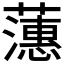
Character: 𬟉